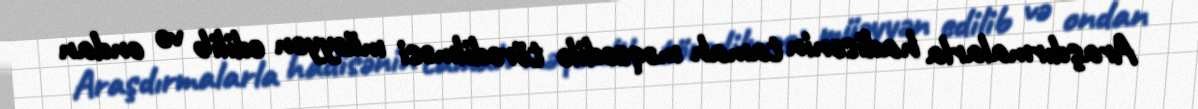
Araşdırmalarla hadisənin tamah məqsədilə törədilməsi müəyyən edilib və ondan